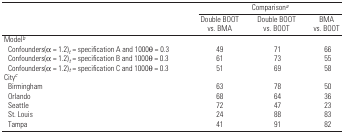
<table><thead><tr><td></td><td colspan="3"><b>Comparisona</b></td></tr><tr><td></td><td><b>Double BOOT vs. BMA</b></td><td><b>Double BOOT vs. BOOT</b></td><td><b>BMA vs. BOOT</b></td></tr></thead><tbody><tr><td colspan="4">Modelb</td></tr><tr><td> Confounders(α = 1.2)<i><sub>t</sub></i> = specification A and 1000θ = 0.3</td><td>49</td><td>71</td><td>66</td></tr><tr><td> Confounders(α = 1.2)<i><sub>t</sub></i> = specification B and 1000θ = 0.3</td><td>61</td><td>73</td><td>55</td></tr><tr><td> Confounders(α = 1.2)<i><sub>t</sub></i> = specification C and 1000θ = 0.3</td><td>51</td><td>69</td><td>58</td></tr><tr><td colspan="4">Cityc</td></tr><tr><td> Birmingham</td><td>63</td><td>78</td><td>50</td></tr><tr><td> Orlando</td><td>68</td><td>64</td><td>36</td></tr><tr><td> Seattle</td><td>72</td><td>47</td><td>23</td></tr><tr><td> St. Louis</td><td>24</td><td>88</td><td>83</td></tr><tr><td> Tampa</td><td>41</td><td>91</td><td>82</td></tr></tbody></table>